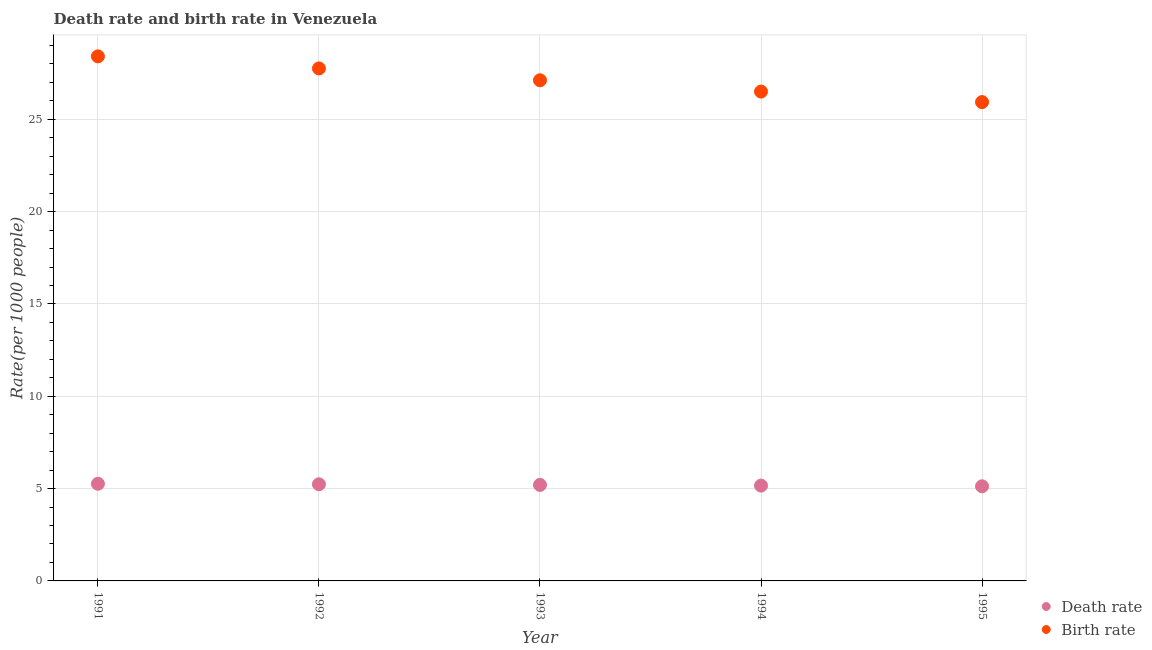
| Year | Death rate | Birth rate |
 | --- | --- | --- |
 | 1991 | 5.26 | 28.4 |
 | 1992 | 5.23 | 27.8 |
 | 1993 | 5.2 | 27.1 |
 | 1994 | 5.16 | 26.5 |
 | 1995 | 5.12 | 25.9 |